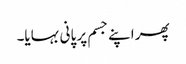
پھر اپنے جسم پر پانی بہایا۔